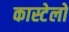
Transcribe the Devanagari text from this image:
कास्टेलो